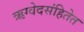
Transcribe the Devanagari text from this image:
ऋग्वेदसंहितेत